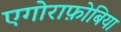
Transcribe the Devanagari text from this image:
एगोराफ़ोबिया